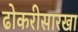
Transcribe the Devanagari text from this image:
ढोकरीसारखा